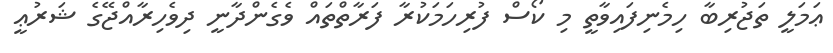
ޢަމަލީ ތަޖުރިބާ ހިމެނިފައިވާތީ މި ކޯސް ފުރިހަމަކުރާ ފަރާތްތައް ވެގެންދާނީ ދިވެހިރާއްޖޭގެ ޝަރުޢީ